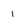
Character: 1